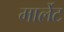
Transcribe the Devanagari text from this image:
मार्लेट